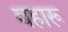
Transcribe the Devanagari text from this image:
बहारू